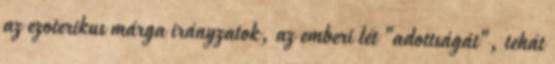
az ezoterikus márga irányzatok, az emberi lét "adottságát", tehát